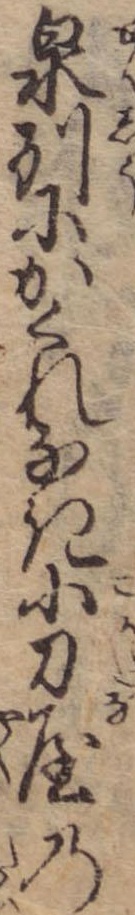
泉州にかくれなき小刀屋の